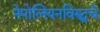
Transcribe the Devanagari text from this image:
नेपोलियनविरुद्धचे